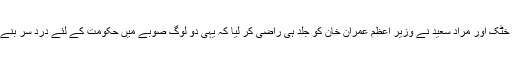
لیکن وزیر اعلی محمود خان کے گارنٹر پرویز خٹک اور مراد سعید نے وزیر اعظم عمران خان کو جلد ہی راضی کر لیا کہ یہی دو لوگ صوبے میں حکومت کے لئے درد سر بنے ہوئے ہیں ان کو وزارتوں سے الگ کیا جائے ۔